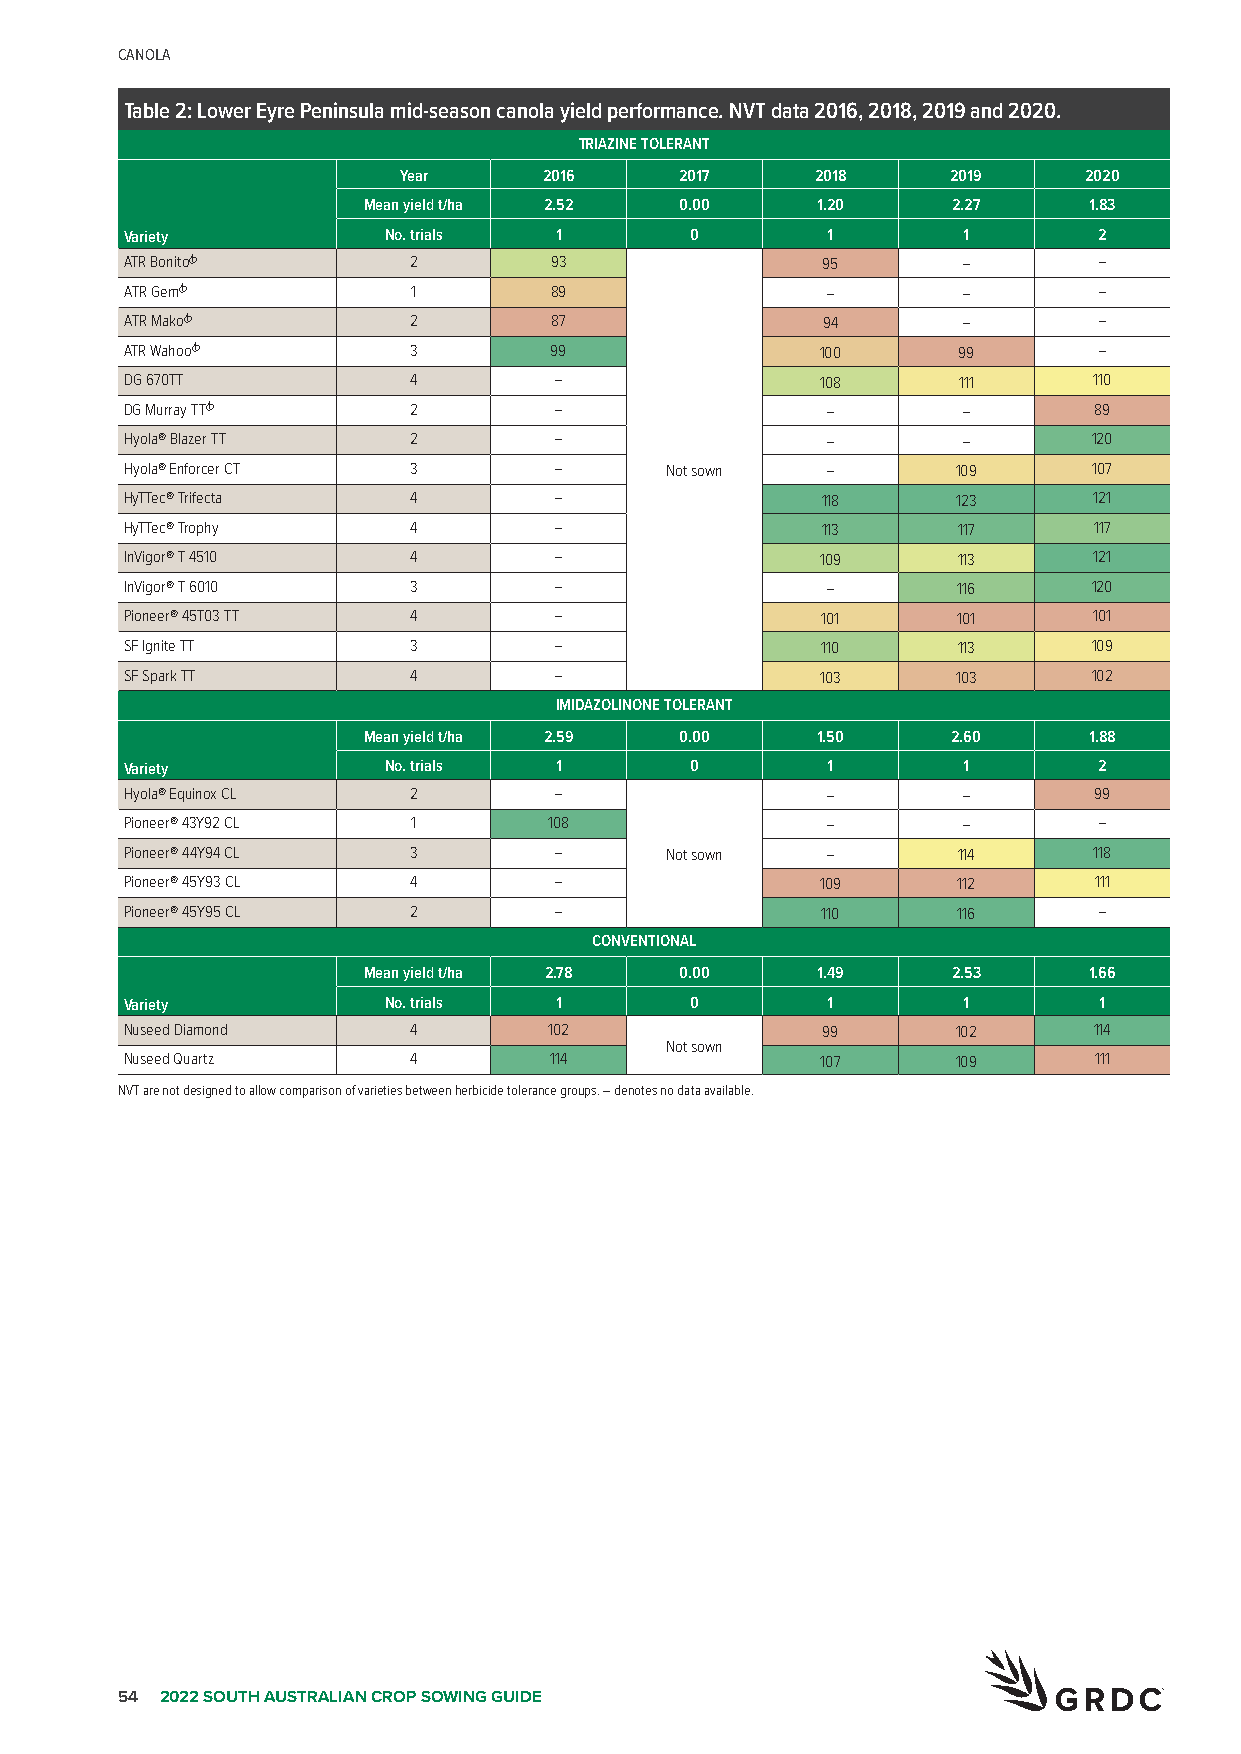
CANOLA
 Table 2: Lower Eyre Peninsula mid-season canola yield performance. NVT data 2016, 2018, 2019 and 2020.
 TRIAZINE TOLERANT
 Year      2016     2017     2018     2019     2020
 Mean yield t/ha 2.52 0.00     1.20     2.27     1.83
 Variety          No. trials  1        0        1        1        2
 ATR BonitoA        2        93                95        –        –
 ATR GemA           1        89                 –        –        –
 ATR MakoA          2        87                94        –        –
 ATR WahooA         3        99                100      99        –
 DG 670TT           4         –                108      111      110
 DG Murray TTA      2         –                 –        –       89
 Hyola® Blazer TT   2         –                 –        –       120
 Hyola® Enforcer CT 3         –      Not sown   –       109      107
 HyTTec® Trifecta   4         –                118      123      121
 HyTTec® Trophy     4         –                113      117      117
 InVigor® T 4510    4         –                109      113      121
 InVigor® T 6010    3         –                 –       116      120
 Pioneer® 45T03 TT  4         –                101      101      101
 SF Ignite TT       3         –                110      113      109
 SF Spark TT        4         –                103      103      102
 IMIDAZOLINONE TOLERANT
 Mean yield t/ha 2.59 0.00     1.50     2.60     1.88
 Variety          No. trials  1        0        1        1        2
 Hyola® Equinox CL  2         –                 –        –       99
 Pioneer® 43Y92 CL  1        108                –        –        –
 Pioneer® 44Y94 CL  3         –      Not sown   –       114      118
 Pioneer® 45Y93 CL  4         –                109      112      111
 Pioneer® 45Y95 CL  2         –                110      116       –
 CONVENTIONAL
 Mean yield t/ha 2.78 0.00     1.49     2.53     1.66
 Variety          No. trials  1        0        1        1        1
 Nuseed Diamond     4        102               99       102      114
 Not sown
 Nuseed Quartz      4        114               107      109      111
 NVT are not designed to allow comparison of varieties between herbicide tolerance groups. – denotes no data available.
 54 2022 SOUTH AUSTRALIAN CROP SOWING GUIDE